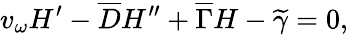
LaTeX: v_{\omega}H^{\prime}-\overline{{{D}}}H^{\prime\prime}+\overline{{{\Gamma}}}H-\widetilde{\gamma}=0,